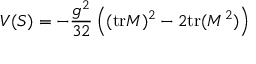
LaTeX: V ( S ) = - \frac { g ^ { 2 } } { 3 2 } \left( ( \mathrm { t r } M ) ^ { 2 } - 2 \mathrm { t r } ( M ^ { 2 } ) \right)